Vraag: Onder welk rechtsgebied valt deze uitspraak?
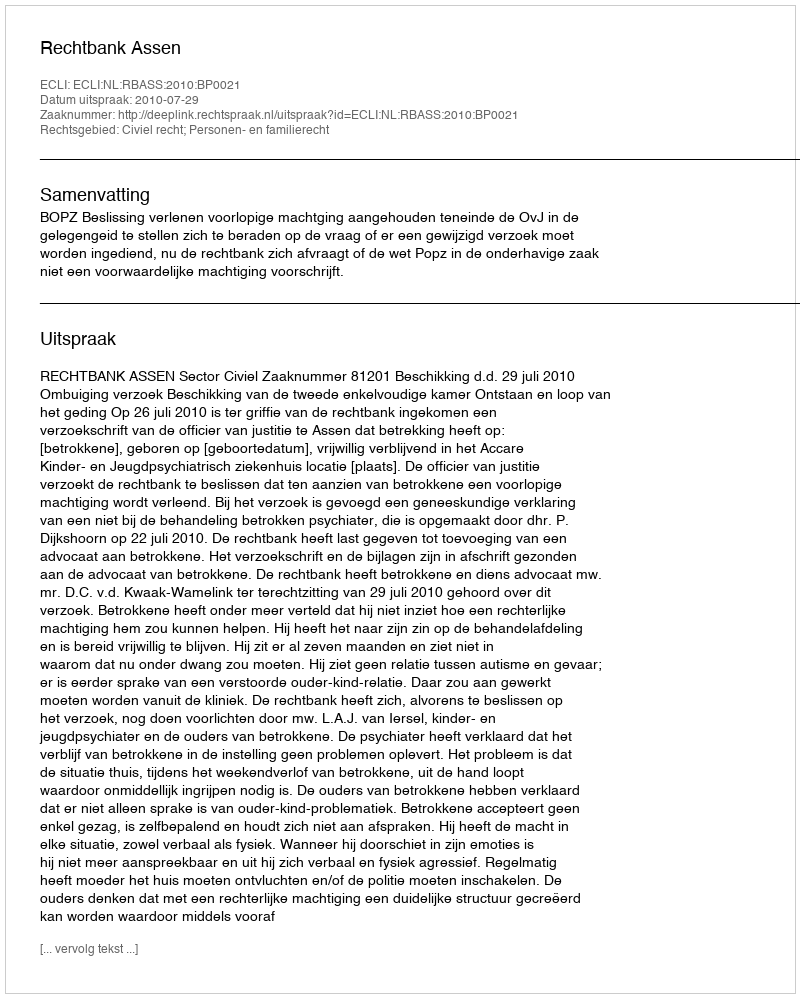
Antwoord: Civiel recht; Personen- en familierecht